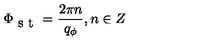
\Phi _ { \textrm { s t } } = \frac { 2 \pi n } { q _ { \phi } } , n \in Z